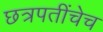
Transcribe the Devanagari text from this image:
छत्रपतींचेच